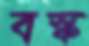
বস্ক